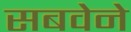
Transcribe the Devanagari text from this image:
सबवेने